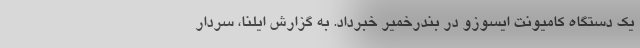
یک دستگاه کامیونت ایسوزو در بندرخمیر خبرداد. به گزارش ایلنا، سردار